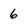
Character: 6